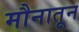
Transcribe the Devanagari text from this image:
मौनातून